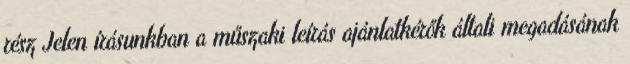
rész Jelen írásunkban a műszaki leírás ajánlatkérők általi megadásának